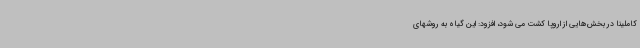
کاملینا در بخش‌هایی از اروپا کشت می شود، افزود: این گیاه به روشهای